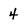
Character: 4